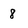
Character: 8